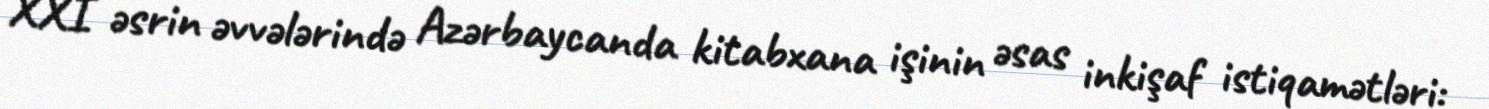
XXI əsrin əvvələrində Azərbaycanda kitabxana işinin əsas inkişaf istiqamətləri: